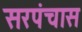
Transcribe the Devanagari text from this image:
सरपंचास